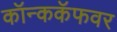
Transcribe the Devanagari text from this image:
कॉन्ककॅफवर